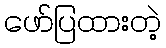
ဖော်ပြထားတဲ့